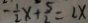
- \frac { 1 } { 2 } x + \frac { 5 } { 2 } = 2 x